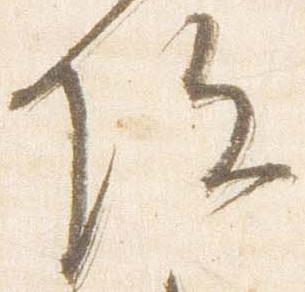
院